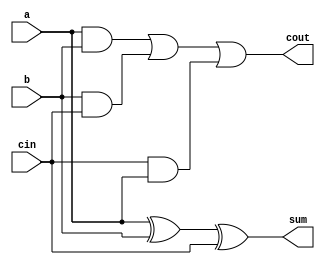
`timescale 1ns / 1ps
//////////////////////////////////////////////////////////////////////////////////
// Company: 
// Engineer: 
// 
// Design Name: 
// Module Name:    full_adder 
// Project Name: 
// Target Devices: 
// Tool versions: 
// Description: 
//
// Dependencies: 
//
// Revision: 
// Revision 0.01 - File Created
// Additional Comments: 
//
//////////////////////////////////////////////////////////////////////////////////
module full_adder(a,b,cin,sum,cout
    );
	input a;
	input b;
	input cin;
	
	output sum;
	wire sum;
	output cout;
	wire cout;
	
	assign sum = a^b^cin;
	assign cout = (a&b)|(b&cin)|(cin&a);
	

endmodule